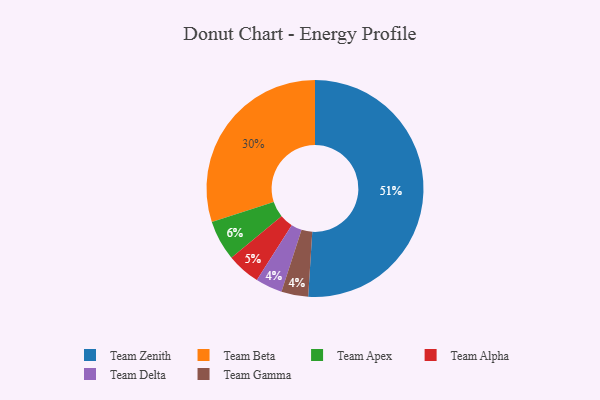
{"axis": {"x": "Category", "y": "Percentage"}, "legend": ["Team Alpha", "Team Apex", "Team Beta", "Team Delta", "Team Gamma", "Team Zenith"], "data": [{"x": "Team Delta", "y": 4, "type": "Team Delta"}, {"x": "Team Alpha", "y": 5, "type": "Team Alpha"}, {"x": "Team Beta", "y": 30, "type": "Team Beta"}, {"x": "Team Apex", "y": 6, "type": "Team Apex"}, {"x": "Team Gamma", "y": 4, "type": "Team Gamma"}, {"x": "Team Zenith", "y": 51, "type": "Team Zenith"}]}